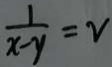
\frac { 1 } { x - y } = v